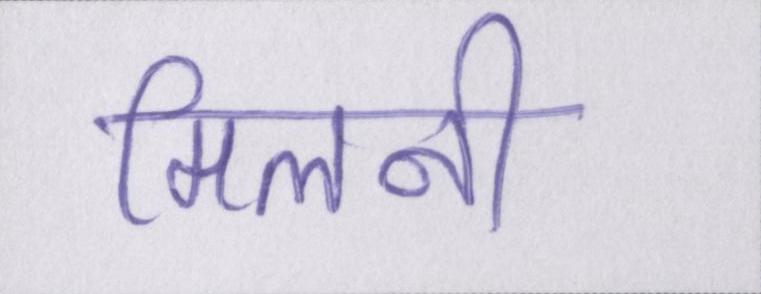
मिलनी